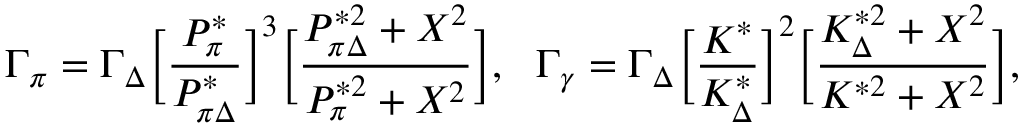
\Gamma _ { \pi } = \Gamma _ { \Delta } \bigg [ { \frac { P _ { \pi } ^ { * } } { P _ { \pi \Delta } ^ { * } } } \bigg ] ^ { 3 } \bigg [ { \frac { P _ { \pi \Delta } ^ { * 2 } + X ^ { 2 } } { P _ { \pi } ^ { * 2 } + X ^ { 2 } } } \bigg ] , \ \ \Gamma _ { \gamma } = \Gamma _ { \Delta } \bigg [ { \frac { K ^ { * } } { K _ { \Delta } ^ { * } } } \bigg ] ^ { 2 } \bigg [ { \frac { K _ { \Delta } ^ { * 2 } + X ^ { 2 } } { K ^ { * 2 } + X ^ { 2 } } } \bigg ] ,